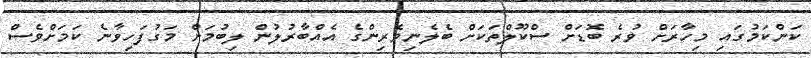
ކަންކަމުގައި މިހާރަށް ވުރެ ބޮޑަށް ސްކޫލްތަކަށް ބެލެނިވެރިންގެ އެއްބާރުލުން ލިބުމަށް މަގުފަހިވާނެ ކަމަށްވެސް